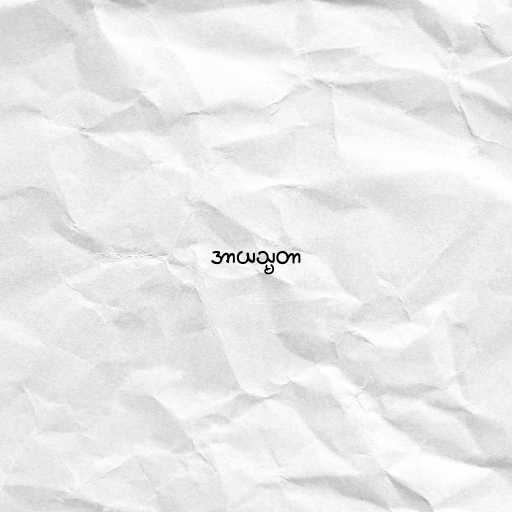
အာယသ္မတာ